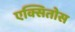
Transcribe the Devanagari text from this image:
एक्सितोस